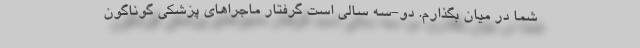
شما در میان بگذارم. دو-سه سالی است گرفتار ماجراهای پزشکی گوناگون